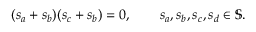
\begin{array} { r } { ( s _ { a } + s _ { b } ) ( s _ { c } + s _ { b } ) = 0 , \qquad s _ { a } , s _ { b } , s _ { c } , s _ { d } \in \mathbb { S } . } \end{array}